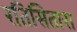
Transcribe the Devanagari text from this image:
रतिसितारा